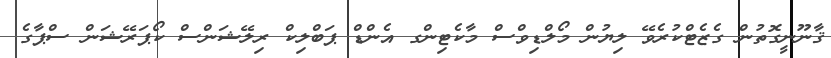
ޤާނޫނީގޮތުން ގެޒެޓްކުރެވޭ ލިޔުން މޯލްޑިވްސް މާކެޓިންގ އެންޑް ޕަބްލިކް ރިލޭޝަންސް ކޯޕަރޭޝަން ސްޕާގެ